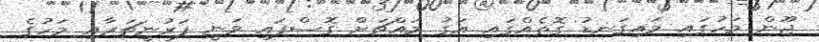
ޖޫން މަހުގައި މައިގަނޑު ގޮތެއްގައި އަގު މައްޗަށް ގޮސްފައި ވަނީ ފަރުނީޗަރާއި މަހުގެ